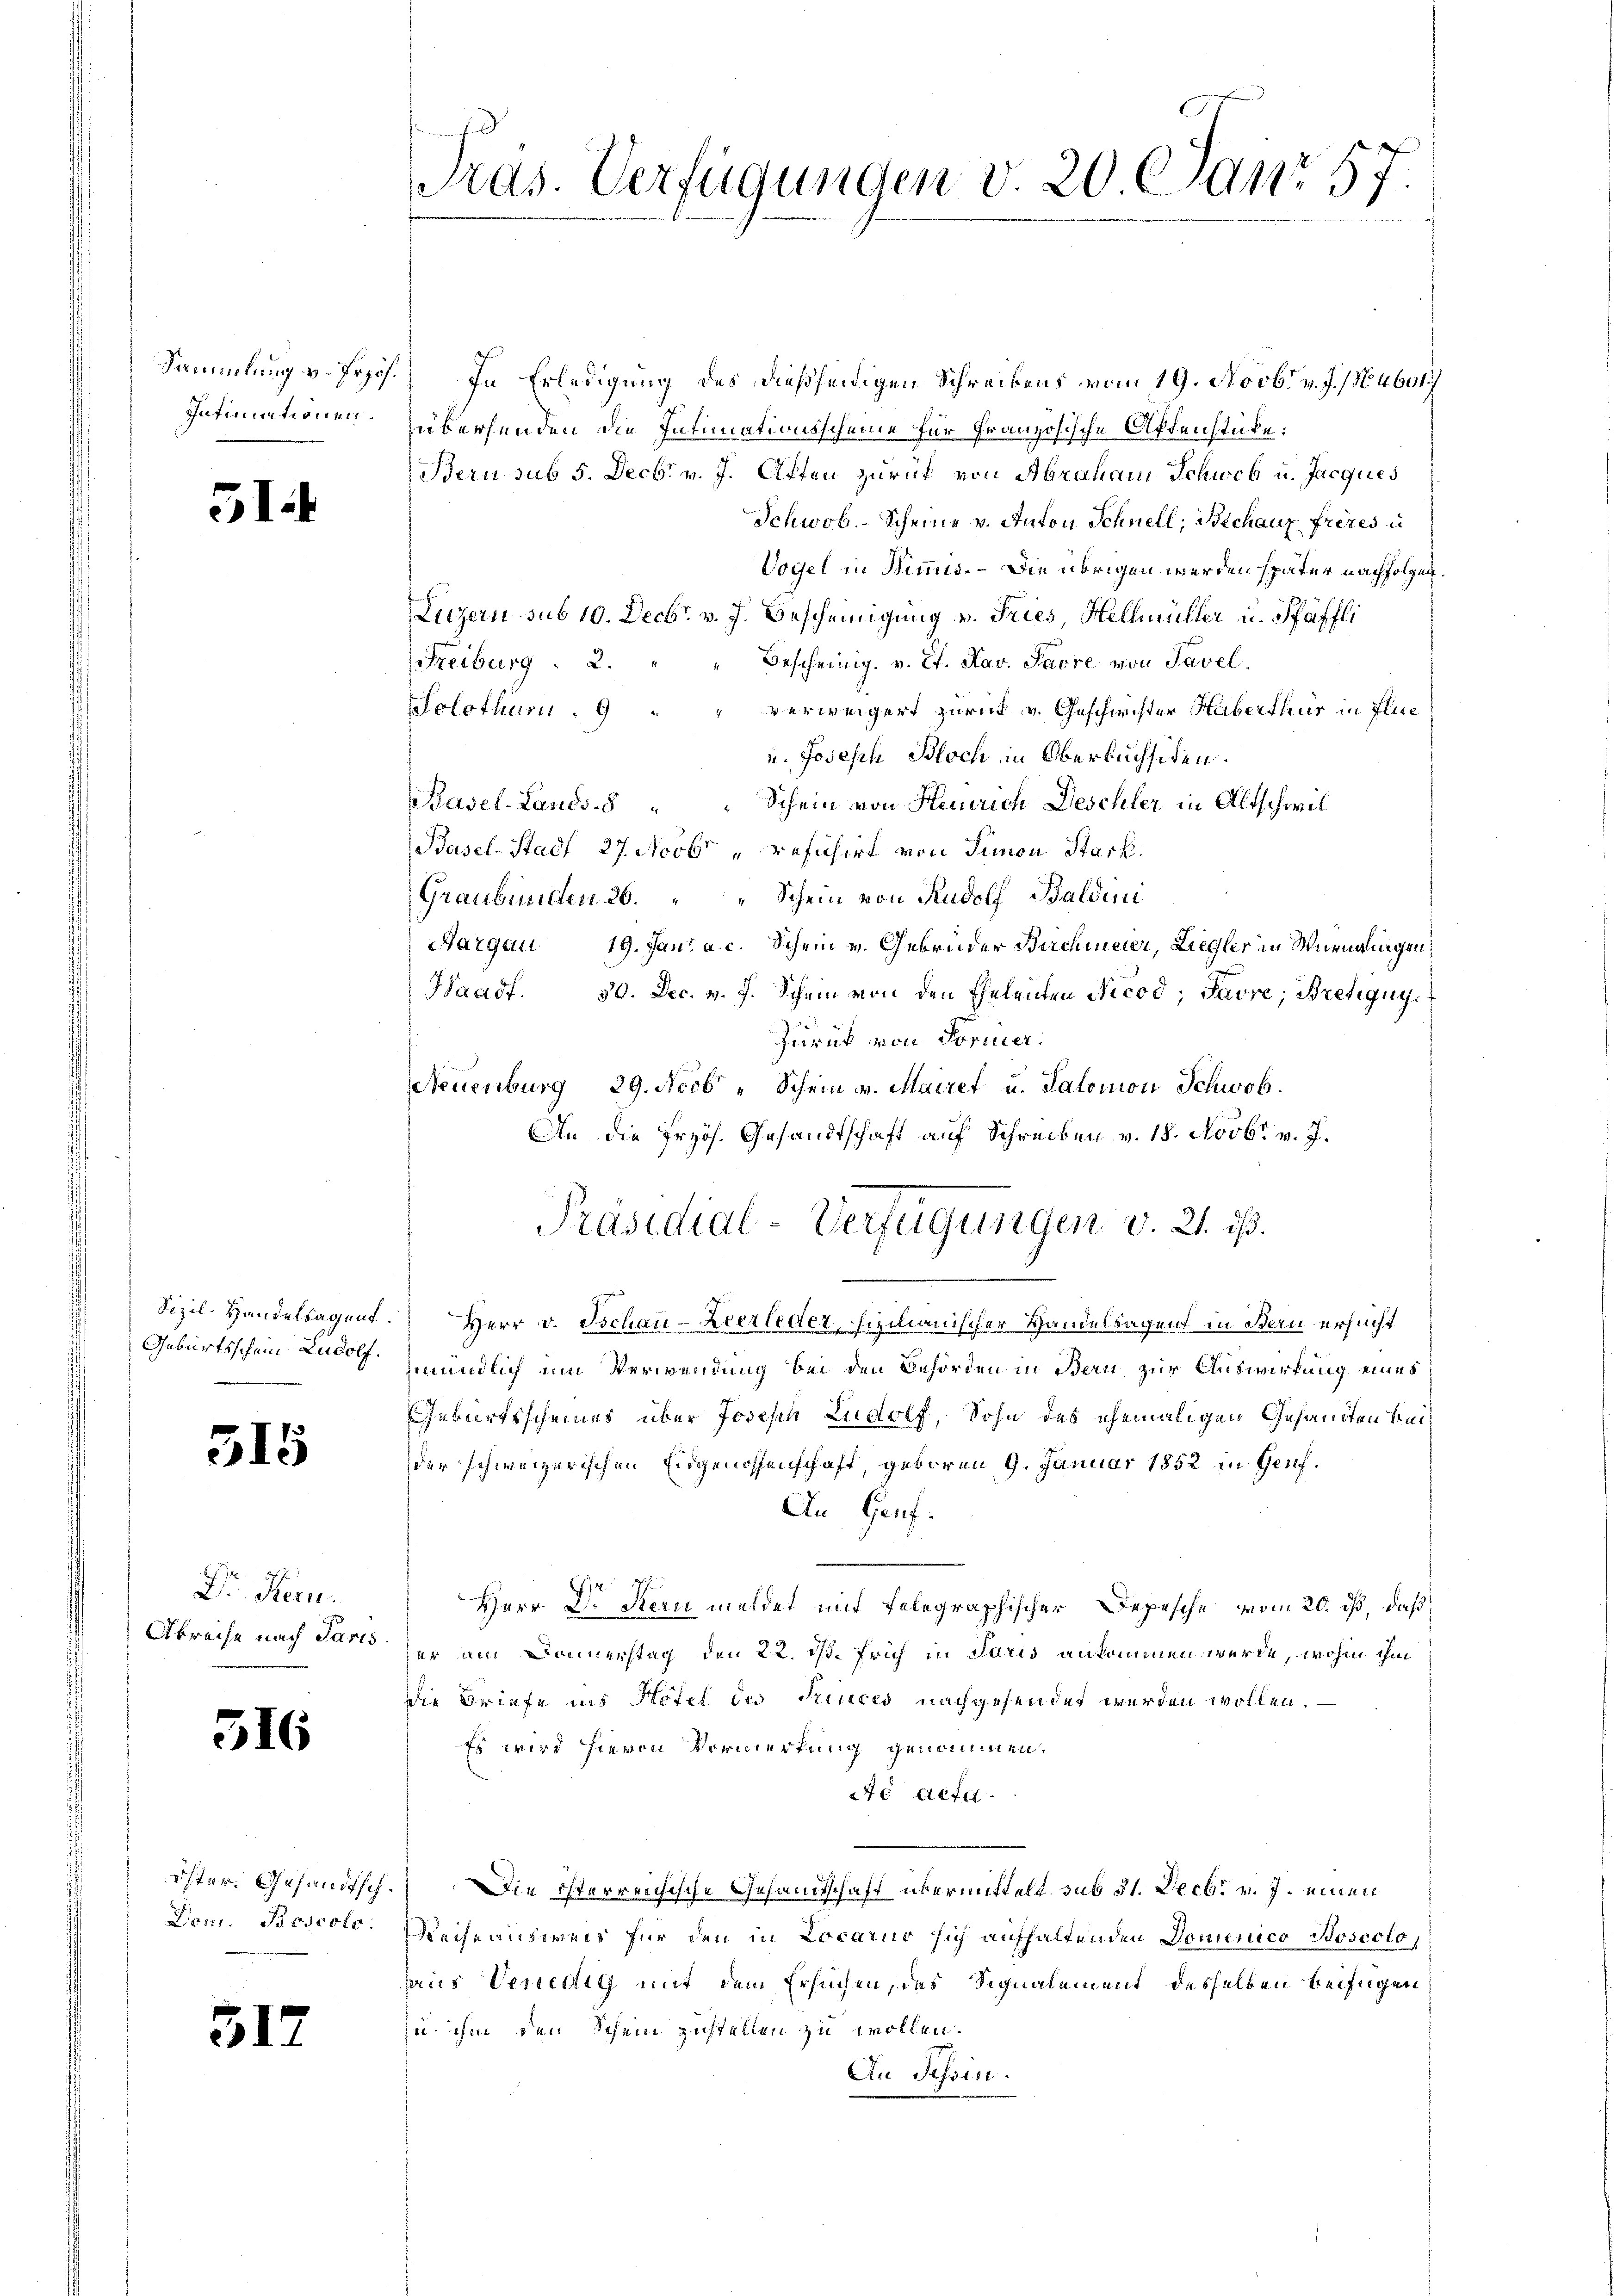
Intimationen.

51.

315

Dr. Recu
Abreise nach Paris

516

31

Dom. Boscolo.

Sammlung v. Prof. In Erledigung des dießseitigen Schreibens vom 19. Novbr. v. J. No. 4601
übersenden die Intimationsscheine für Französische Affenstücke:
Bern sub 5. Decbr. v. J. Atten zurück von Abraham Schweb u. Jacques
Schwob.- Scheine v. Anton Schnell, Mechaux frères u
Vogel in Wimmis. – Die übrigen werden später nachfolgen.
Luzern sub 10. Decbr. v. J. Bescheinigung v. Fries, Hellmüller u. Pfäffli
Freiburg  2.
Bescheinig. v. Et. Nav. Parre von Tavel.
Solothurn . 9 " " verweigert zurück v. Geschwister Haberthur in Fluc
u. Joseph Bloch in Oberbuchsiden.
Basel-Lands 8
Schein von Heinrich Deschler in Altschwil¬
Basel-Stadt 27. Novbr „refihirt von Simon Stack
Graubünden 26. " " Schein von Rudolf Baldini
Aargau 19. Jan. a. c. Schein v. Gebrüder Birchmeier, Liegler in Würnglingen,
Haadf. 50. Dec. v. J. Schein von den Eheleuten Nicod; Favre, Bretignys
zurück von Former.
Scheuenburg 29. Nob „Schein v. Mairet u. Salomon Schwob.
An die Przös. Gesandtschaft auf Schreiben v. 18. Novbr. v. J.
Präsidial-Verfügungen v. 21. ist.
Sizil. Handelsagent. Herr v. Tschan-Zeerleder, fixilianischer Handelsagen in Bern ersucht
Geburtsschein an mündlich um Verwendung bei den Behörden in Bern zur Auswirkung eines
Geburtsscheines über Joseph Ludolf, Sohn des ehemaligen Gesandten beider schweizerischen Eidgenossenschaft, geboren 9. Januar 1852 in Genf.
An Genf.
Herr Dr. Kern meldet mit telegraphischer Depesche vom 20. ist, daß
her am Donnerstag den 22. ds. Früh in Paris ankommen wurde, wohin ihm
die Briefe ins Hotel des Princes nachgesendet werden wollen.
Es wird hievon Vormerkung genommen.
Ao liefe
öster. Gesandtsch. Die österreichische Gesandtschaft übermittelt sub 31. Decbr v. J. einen
Reihe ausweis für den in Locario sich aufhaltenden Domenico Boscoto,
haus Venedig mit dem Ersuchen, das Signalement desselben beifügen,
zu ihm den Schein zustellen zu wollen.
An Tessin.

Präs. Verfügungen v. 20. Janr 57.